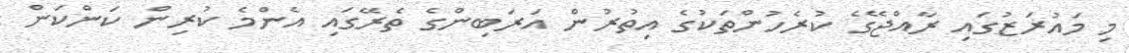
މި މައުރަޒުގައި ރާއްޖޭގެ ކުރެހުންތަކުގެ އިތުރުން އަރަބިންގެ ތެރޭގައި އެންމެ ކުރިން ކަންކަން